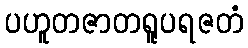
ပဟူတဇာတရူပရဇတံ